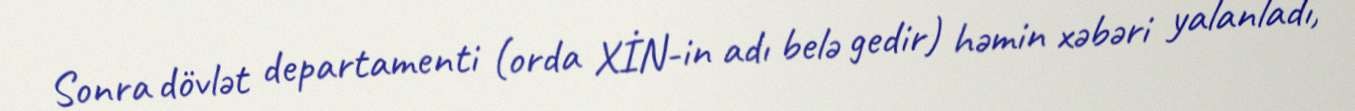
Sonra dövlət departamenti (orda XİN-in adı belə gedir) həmin xəbəri yalanladı,